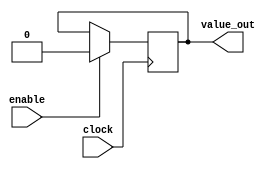
// Test enable circuitry

module  simple(clock,
                enable,
                value_out
                );

input   clock;
input   enable;
reg temp;
output value_out;

always @(posedge clock)
begin
	if (enable == 1'b1) begin
		temp <= 1'b0;
	end
end

assign value_out = temp;

endmodule